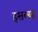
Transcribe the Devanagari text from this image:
हसल्या